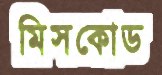
মিসকোড